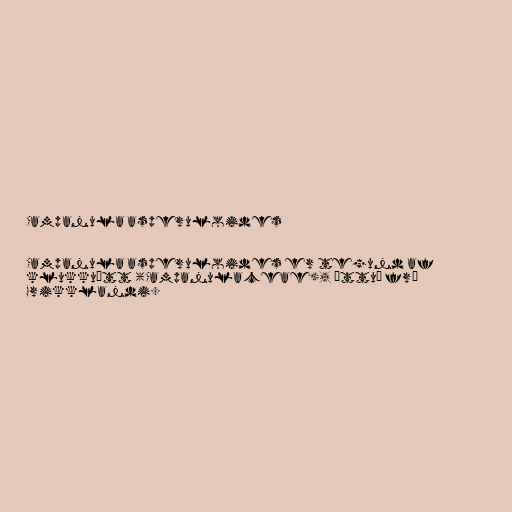
Campanula asperuloides

Campanula asperuloides er tegund af
klukkuætt (Campanulaceae), ættuð frá
Grikklandi.